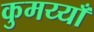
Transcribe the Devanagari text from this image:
कुमय्याँ